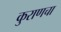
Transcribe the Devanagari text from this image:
कुराणचा